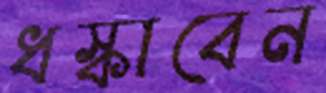
ধস্‌কাবেন